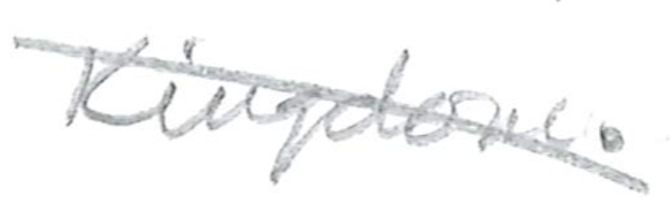
Text: Kingdom.
Cross-out: diagonal
Writing tool: pencil